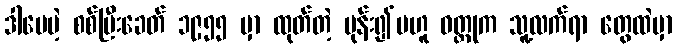
ဒါပေမဲ့ စစ်ပြီးခေတ် ၁၉၅၅ မှာ ထုတ်တဲ့ မုန်း၍မဟူ ဝတ္ထုက သူ့လက်ရာ တွေထဲမှာ